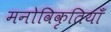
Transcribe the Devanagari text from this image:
मनोविकृतियाँ